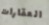
العقارات